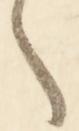
々